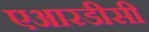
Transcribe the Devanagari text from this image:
एआरडीसी